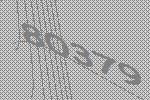
80379